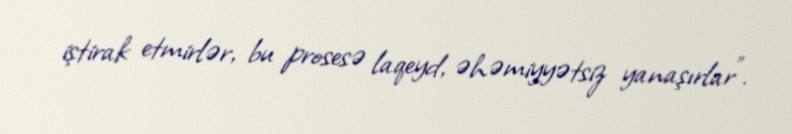
iştirak etmirlər, bu prosesə laqeyd, əhəmiyyətsiz yanaşırlar”.